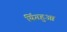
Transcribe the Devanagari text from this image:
यिंगहुआ